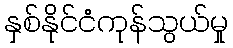
နှစ်နိုင်ငံကုန်သွယ်မှု